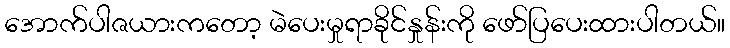
အောက်ပါဇယားကတော့ မဲပေးမှုရာခိုင်နှုန်းကို ဖော်ပြပေးထားပါတယ်။